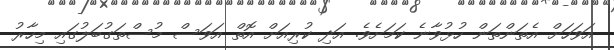
އަވަހަށް އެތަންތަން ހުޅުވާނެ ކަމަށެވެ. އަދި ކުރިއަށް އޮތް އަވަސް މުސްތަގުބަލުގައި މިހާރު